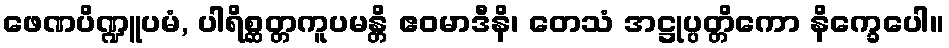
ဖေဏပိဏ္ဍူပမံ, ပါရိစ္ဆတ္တကူပမန္တိ ဧဝမာဒီနိ၊ တေသံ အဋ္ဌုပ္ပတ္တိကော နိက္ခေပေါ။